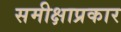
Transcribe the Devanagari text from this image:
समीक्षाप्रकार